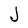
Character: J